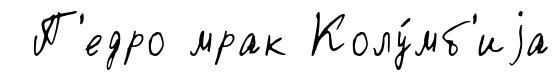
П'едро мрак Колу́мб'иjа